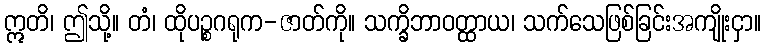
ဣတိ၊ ဤသို့။ တံ၊ ထိုပဉ္စဂရုက-ဇာတ်ကို။ သက္ခိဘာဝတ္ထာယ၊ သက်သေဖြစ်ခြင်းအကျိုးငှာ။